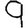
Digit: 9